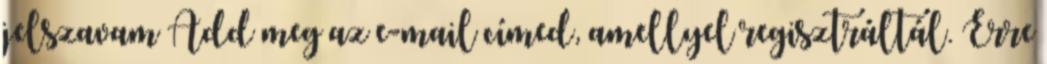
jelszavam Add meg az e-mail címed, amellyel regisztráltál. Erre